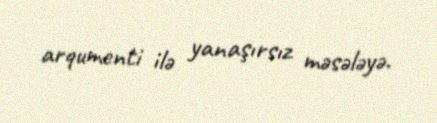
arqumenti ilə yanaşırsız məsələyə.